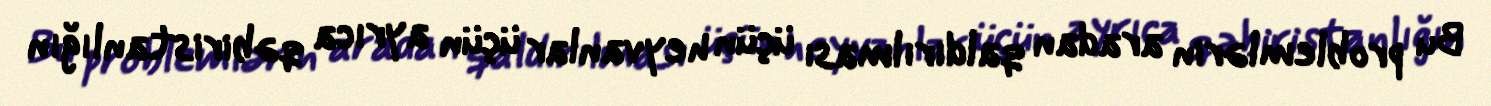
Bu problemlərin aradan qaldırılması üçün heyvanlar üçün ayrıca qəbiristanlığın